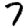
Digit: 7